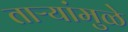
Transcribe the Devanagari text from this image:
ताऱ्यांमुळे